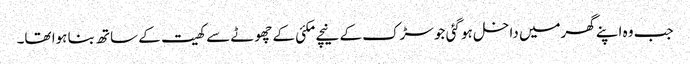
جب وہ اپنے گھرمیں داخل ہو گئی جو سڑک کے نیچے مکئی کے چھوٹے سے کھیت کے ساتھ بنا ہوا تھا۔